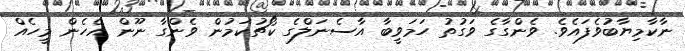
ނާކާމިޔާބުވެފައެވެ. ވެންގާގެ ވަގުތު ހަމަވީބާ އާސެނަލްގެ ކޯޗުކަމުން ވެންގާ ނޫން އެހެން މީހެއް